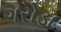
ગરોડા